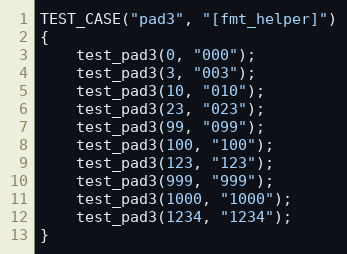
Language: C++
TEST_CASE("pad3", "[fmt_helper]")
{
    test_pad3(0, "000");
    test_pad3(3, "003");
    test_pad3(10, "010");
    test_pad3(23, "023");
    test_pad3(99, "099");
    test_pad3(100, "100");
    test_pad3(123, "123");
    test_pad3(999, "999");
    test_pad3(1000, "1000");
    test_pad3(1234, "1234");
}